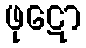
ဖုဋော